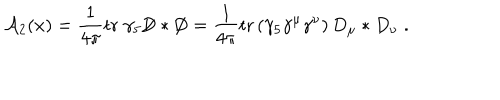
LaTeX: { \cal A } _ { 2 } ( x ) = \frac { 1 } { 4 \pi } \mathrm { t r } \; \gamma _ { 5 } { \not \! \! D } * { \not \! \! D } = \frac { 1 } { 4 \pi } \mathrm { t r } \left( \gamma _ { 5 } \gamma ^ { \mu } \gamma ^ { \nu } \right) D _ { \mu } * D _ { \nu } \; .